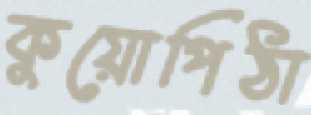
কুয়োপিঠা